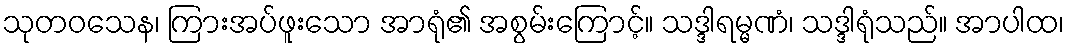
သုတဝသေန၊ ကြားအပ်ဖူးသော အာရုံ၏ အစွမ်းကြောင့်။ သဒ္ဒါရမ္မဏံ၊ သဒ္ဒါရုံသည်။ အာပါထ၊